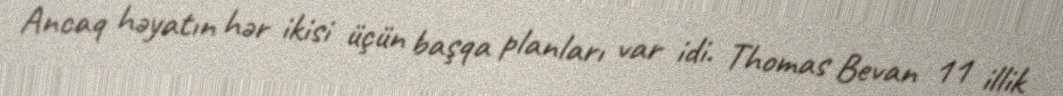
Ancaq həyatın hər ikisi üçün başqa planları var idi. Thomas Bevan 11 illik